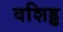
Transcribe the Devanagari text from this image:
वशिड्ढ